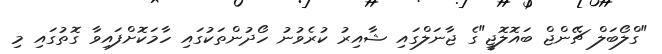
"ގްލޯބަލް ޗޭންޖް ބައޮލޮޖީ"ގެ ޖާނަލްގައި ޝާއިރު ކުރެވުނު ހޯދުންތަކުގައި ހާމަކޮށްފައިވާ ގޮތުގައި މި